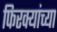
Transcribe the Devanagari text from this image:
फिरक्यांच्या